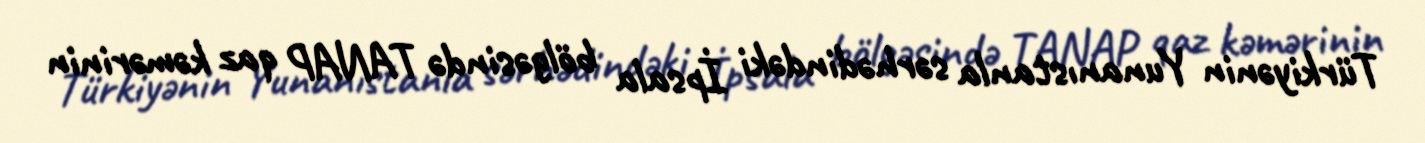
Türkiyənin Yunanıstanla sərhədindəki İpsala bölgəsində TANAP qaz kəmərinin